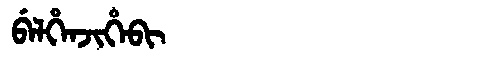
Manchu: ᠪᡝᠯᡥᡝᠨᠵᡳᡥᡝᠪᡳ
Romanization: BELHENJIHEBI